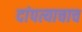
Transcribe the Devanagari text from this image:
दांपत्याचाच